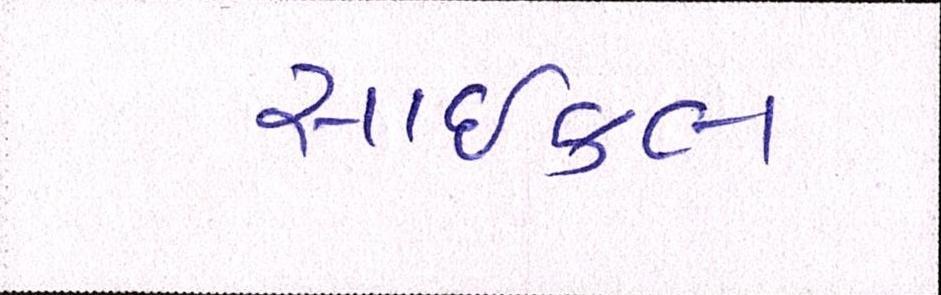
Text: સાઇકલ